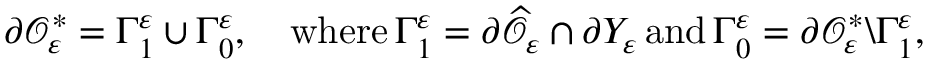
\partial { \mathcal { O } } _ { \varepsilon } ^ { * } = \Gamma _ { 1 } ^ { \varepsilon } \cup \Gamma _ { 0 } ^ { \varepsilon } , \quad \mathrm { w h e r e } \, \Gamma _ { 1 } ^ { \varepsilon } = \partial \widehat { \mathcal { O } } _ { \varepsilon } \cap \partial Y _ { \varepsilon } \, \mathrm { a n d } \, \Gamma _ { 0 } ^ { \varepsilon } = \partial { \mathcal { O } } _ { \varepsilon } ^ { * } \backslash \Gamma _ { 1 } ^ { \varepsilon } ,